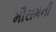
મૌસમની